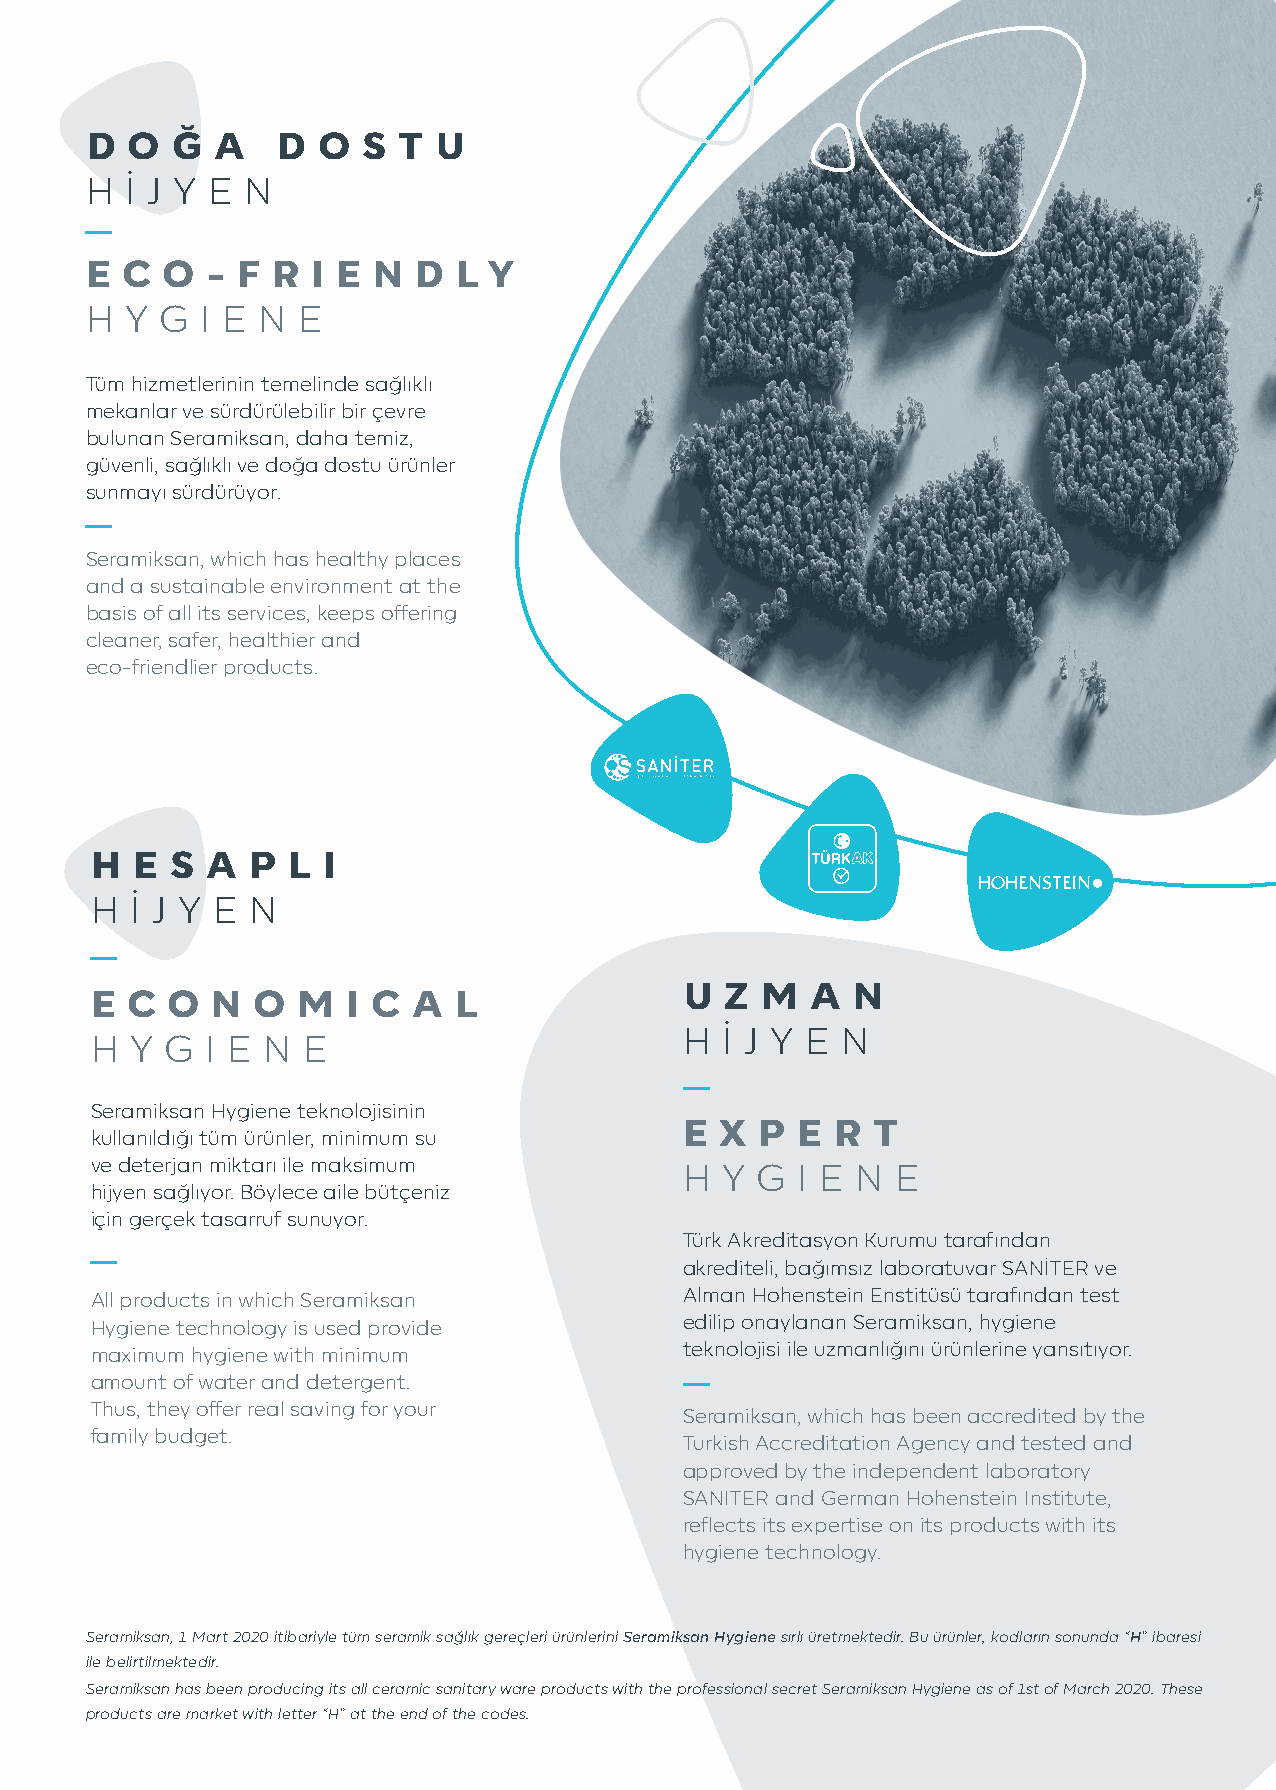
D O  Ğ  A   D  O  S T  U
 H İ J Y E N
 E C  O  - F R  I E N D  L Y
 H Y  G I E N  E
 Tüm hizmetlerinin temelinde sağlıklı
 mekanlar ve sürdürülebilir bir çevre
 bulunan Seramiksan, daha temiz,
 güvenli, sağlıklı ve doğa dostu ürünler
 sunmayı sürdürüyor.
 Seramiksan, which has healthy places
 and a sustainable environment at the
 basis of all its services, keeps offering
 cleaner, safer, healthier and
 eco-friendlier products.
 H  E S  A P  L I
 H  İ J Y E N
 U  Z M   A N
 E C  O  N  O  M  I C A  L
 H  İ J Y E N
 H  Y G  I E N E
 Seramiksan Hygiene teknolojisinin
 E  X P  E R  T
 kullanıldığı tüm ürünler, minimum su
 ve deterjan miktarı ile maksimum       H  Y G  I E N E
 hijyen sağlıyor. Böylece aile bütçeniz
 için gerçek tasarruf sunuyor.
 Türk Akreditasyon Kurumu tarafından
 akrediteli, bağımsız laboratuvar SANİTER ve
 All products in which Seramiksan       Alman Hohenstein Enstitüsü tarafından test
 Hygiene technology is used provide     edilip onaylanan Seramiksan, hygiene
 maximum hygiene with minimum           teknolojisi ile uzmanlığını ürünlerine yansıtıyor.
 amount of water and detergent.
 Thus, they offer real saving for your
 Seramiksan, which has been accredited by the
 family budget.
 Turkish Accreditation Agency and tested and
 approved by the independent laboratory
 SANITER and German Hohenstein Institute,
 reflects its expertise on its products with its
 hygiene technology.
 Seramiksan; 1 Mart 2020 itibariyle tüm seramik sağlık gereçleri ürünlerini Seramiksan Hygiene sırlı üretmektedir. Bu ürünler, kodların sonunda “H” ibaresi
 ile belirtilmektedir.
 Seramiksan has been producing its all ceramic sanitary ware products with the professional secret Seramiksan Hygiene as of 1st of March 2020. These
 products are market with letter “H” at the end of the codes.